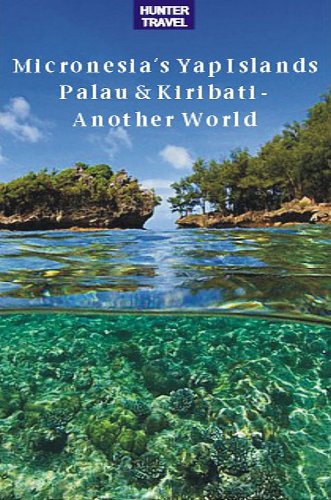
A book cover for Micronesia's Yap Islands, Palau & Kiribati - Another World; Thomas Booth; Travel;